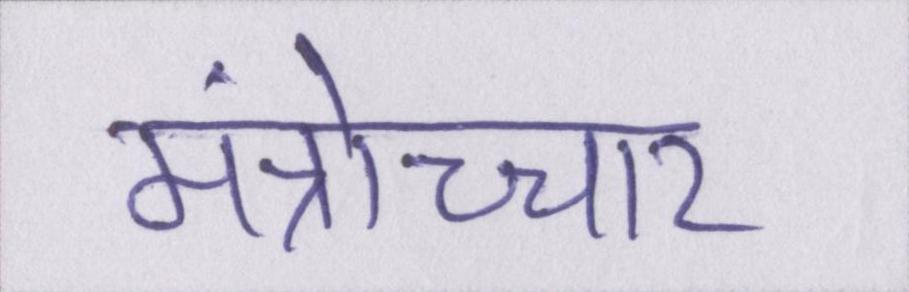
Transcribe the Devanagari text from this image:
मंत्रोच्चार